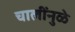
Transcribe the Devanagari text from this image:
चालींनुळे